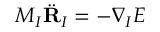
M _ { I } \ddot { \mathbf { R } } _ { I } = - \boldsymbol { \nabla } _ { I } E